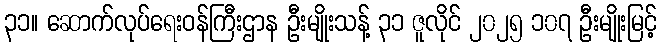
၃၁။ ဆောက်လုပ်ရေးဝန်ကြီးဌာန ဦးမျိုးသန့် ၃၁ ဇူလိုင် ၂၀၂၅ ၁၀၇ ဦးမျိုးမြင့်